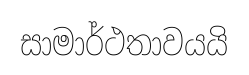
සාමාර්ථතාවයයි